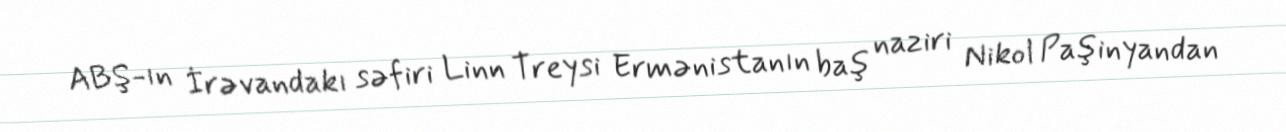
ABŞ-ın İrəvandakı səfiri Linn Treysi Ermənistanın baş naziri Nikol Paşinyandan